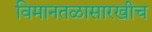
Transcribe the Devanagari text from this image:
विमानतळासारखीच